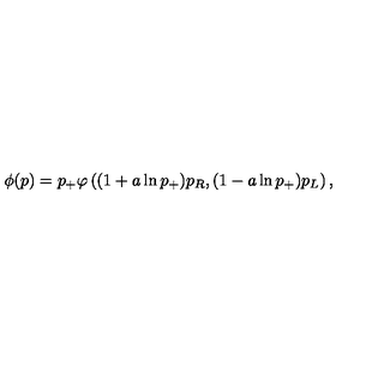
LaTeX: \phi ( p ) = p _ { + } \varphi \left( ( 1 + a \ln p _ { + } ) p _ { R } , ( 1 - a \ln p _ { + } ) p _ { L } \right) ,